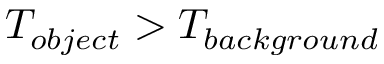
T _ { o b j e c t } > T _ { b a c k g r o u n d }